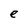
Character: e